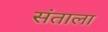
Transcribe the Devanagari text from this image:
संताला